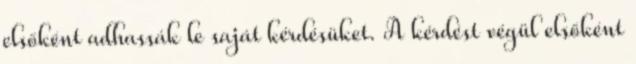
elsőként adhassák le saját kérdésüket. A kérdést végül elsőként